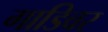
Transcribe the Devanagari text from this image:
गाडिवर